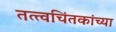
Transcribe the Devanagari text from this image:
तत्त्वचिंतकांच्या